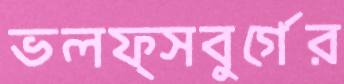
ভলফ্সবুর্গের